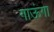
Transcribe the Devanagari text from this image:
गाऊंगा